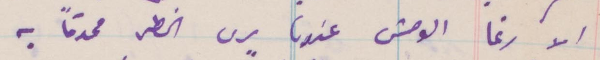
الا رغا الوحش عندما يرى الخطر محدثًا به